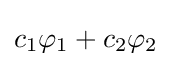
c_{1}\varphi _{1}+c_{2}\varphi _{2}